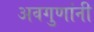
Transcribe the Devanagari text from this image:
अवगुणांनी